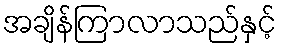
အချိန်ကြာလာသည်နှင့်